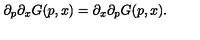
\partial _ { p } \partial _ { x } G ( p , x ) = \partial _ { x } \partial _ { p } G ( p , x ) .